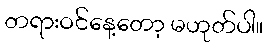
တရားဝင်နေ့တော့ မဟုတ်ပါ။